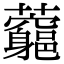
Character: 𧅉